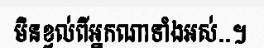
មិនខ្វល់ពីអ្នកណាទាំងអស់..។